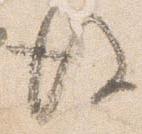
後